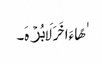
ٰهًا ءَاخَرَ لَا بُرۡهَ۔